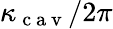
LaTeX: \kappa_{\mathrm{~c~a~v~}}/2\pi